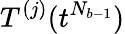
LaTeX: T^{(j)}(t^{N_{b-1}})